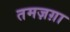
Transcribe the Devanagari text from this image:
तमज़ग़ा